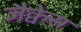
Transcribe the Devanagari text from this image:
जैक्वेस